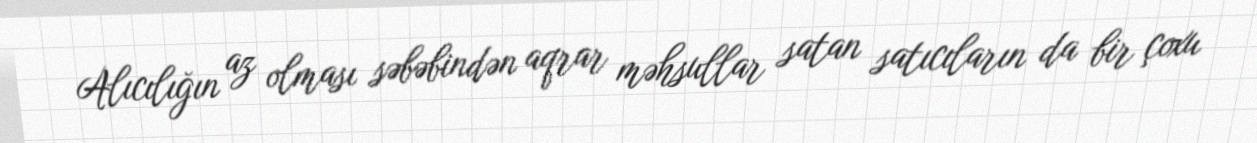
Alıcılığın az olması səbəbindən aqrar məhsullar satan satıcıların da bir çoxu